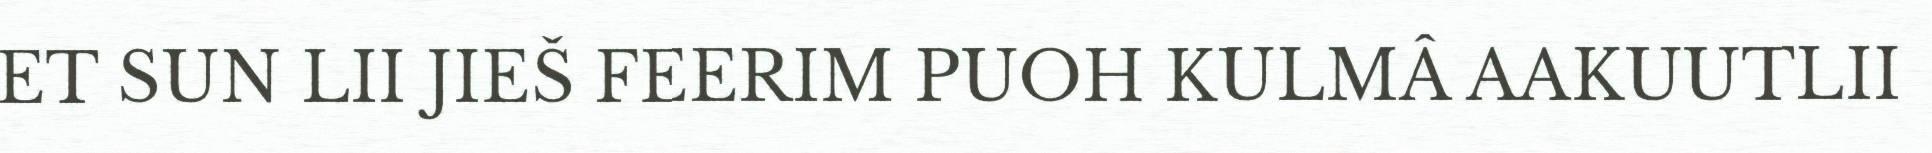
ET SUN LII JIEŠ FEERIM PUOH KULMÂ AAKUUTLII